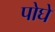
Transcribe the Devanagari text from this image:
पोघे